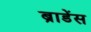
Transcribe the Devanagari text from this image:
ब्राडेंस